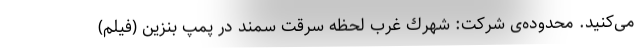
می‌کنید. محدوده‌ی شرکت: شهرك غرب لحظه سرقت سمند در پمپ بنزین (فیلم)